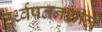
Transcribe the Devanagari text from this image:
उर्ध्वपतनशील